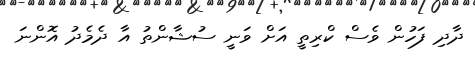
ދާދި ފަހުން ވެސް ކްރިތީ އަށް ވަނީ ސުޝާންތު އާ ދެމެދު އޮންނަ